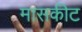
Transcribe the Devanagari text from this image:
मासकीट